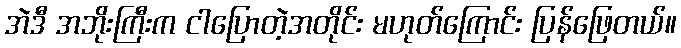
အဲဒီ အဘိုးကြီးက ငါပြောတဲ့အတိုင်း မဟုတ်ကြောင်း ပြန်ဖြေတယ်။